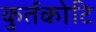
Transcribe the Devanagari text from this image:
कुर्तकोटि